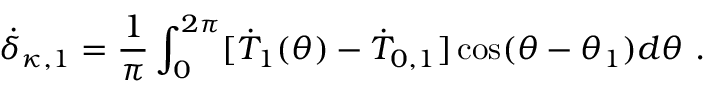
\dot { \delta } _ { \kappa , 1 } = \frac { 1 } { \pi } \int _ { 0 } ^ { 2 \pi } [ \dot { T } _ { 1 } ( \theta ) - \dot { T } _ { 0 , 1 } ] \cos ( \theta - \theta _ { 1 } ) d \theta \ .